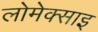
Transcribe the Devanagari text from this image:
लोमेक्साइ